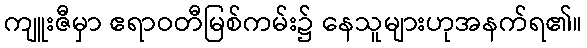
ကျူးဇီမှာ ဧရာဝတီမြစ်ကမ်း၌ နေသူများဟုအနက်ရ၏။